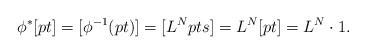
LaTeX: \begin{align*}\phi^*[pt] = [\phi^{-1} (pt)] = [L^N pts] = L^N [pt] = L^N \cdot 1 .\end{align*}